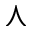
\curlywedge